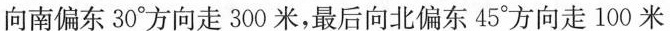
向南偏东30°方向走300米，最后向北偏东45°方向走100米